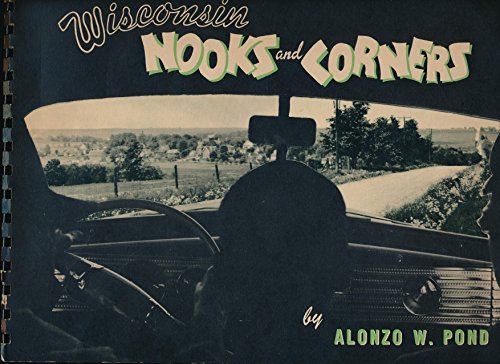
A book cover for Wisconsin Nooks and Corners; Alonzo William Pond; Travel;